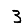
Digit: 3